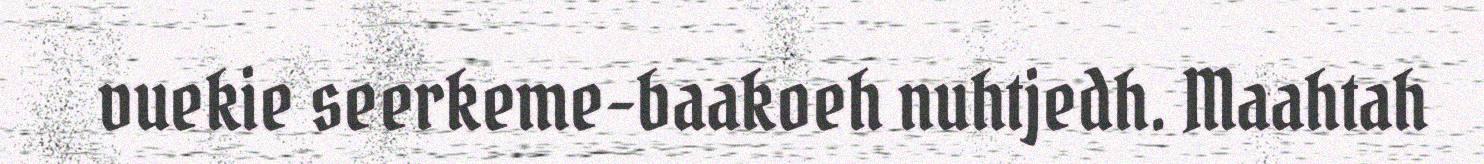
vuekie seerkeme-baakoeh nuhtjedh. Maahtah